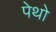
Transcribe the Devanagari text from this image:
पेथो